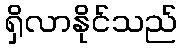
ရှိလာနိုင်သည်